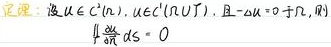
定理：设$u\in C^{1}(\Omega),u\in C^{1}(\overline{\Omega}\cup\Gamma)$，且$-\Delta u = 0$于$\Omega$，则
\[
\oint_{\Gamma}\frac{\partial u}{\partial n}\mathrm{d}s = 0
\]